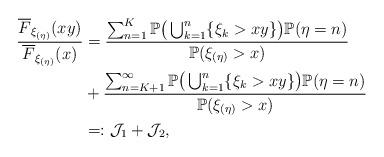
LaTeX: \begin{align*} \frac{\overline{F}_{\xi_{(\eta)} }(xy)}{\overline{F}_{\xi_{(\eta)}}(x)}&=\frac{\sum_{n=1}^{K}\mathbb{P}\big(\bigcup_{k=1}^{n}\{\xi_k>xy\}\big)\mathbb{P}(\eta=n)}{\mathbb{P}(\xi_{(\eta)}>x)}\\&+\frac{\sum_{n=K+1}^{\infty}\mathbb{P} \big(\bigcup_{k=1}^{n}\{\xi_k>xy\}\big)\mathbb{P}(\eta=n)}{\mathbb{P}(\xi_{(\eta)}>x)}\\&=:\mathcal{J}_1+\mathcal{J}_2,\end{align*}